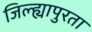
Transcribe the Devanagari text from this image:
जिल्ह्यापुरता